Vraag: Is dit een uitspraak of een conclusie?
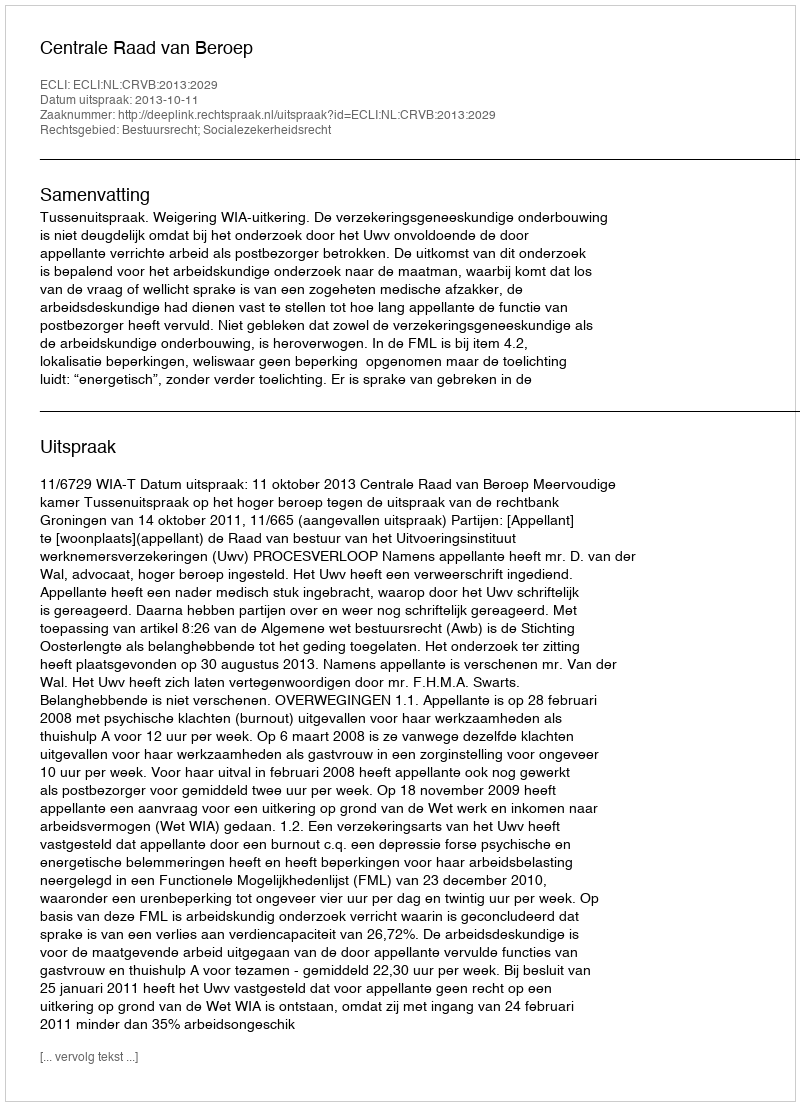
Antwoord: Uitspraak